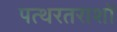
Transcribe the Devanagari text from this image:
पत्थरतराशों